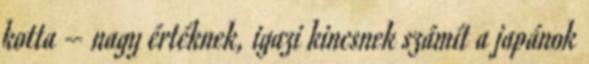
kotta – nagy értéknek, igazi kincsnek számít a japánok